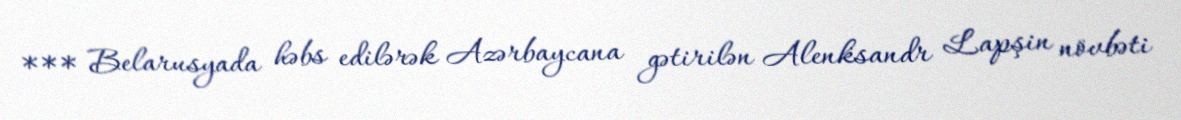
*** Belarusyada həbs edilərək Azərbaycana gətirilən Alenksandr Lapşin növbəti